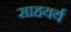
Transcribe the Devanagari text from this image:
साहयर्य